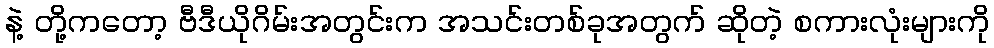
နဲ့ တို့ကတော့ ဗီဒီယိုဂိမ်းအတွင်းက အသင်းတစ်ခုအတွက် ဆိုတဲ့ စကားလုံးများကို